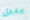
يفعل